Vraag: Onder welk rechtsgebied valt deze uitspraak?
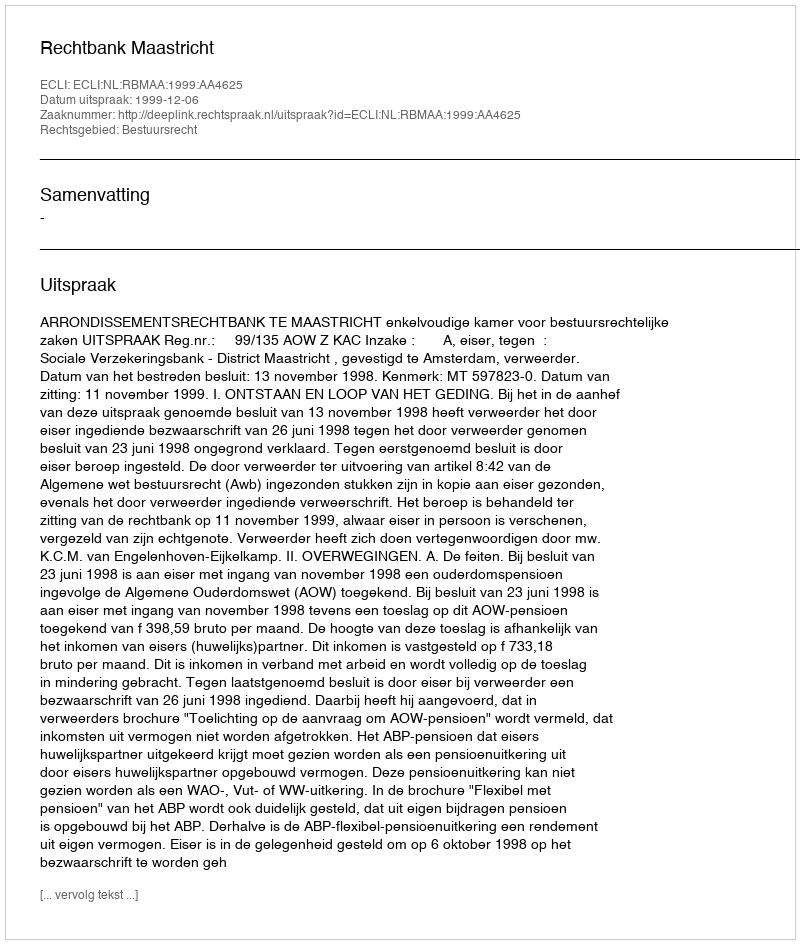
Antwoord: Bestuursrecht